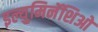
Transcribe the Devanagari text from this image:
इल्युमिनॅशिओ